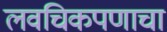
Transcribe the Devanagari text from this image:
लवचिकपणाचा